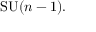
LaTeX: \mathrm { S U } ( n - 1 ) .